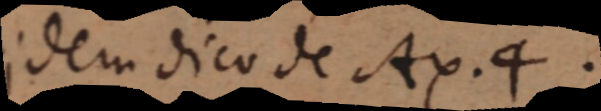
idem dico de Ax. 4.